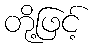
တို့ဖြင့်